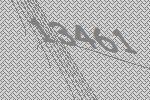
13461